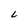
Character: L